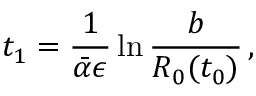
t _ { 1 } = { \frac { 1 } { \bar { \alpha } \epsilon } } \ln { \frac { b } { R _ { 0 } ( t _ { 0 } ) } } \, ,